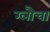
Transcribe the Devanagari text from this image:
ग्लौचा